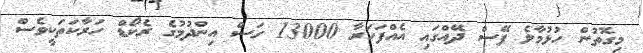
މިގޮތުން ހުޅުމާލެ ފޭސް ދޭއްގައި އެއްފަހަރާ 13000 ގަސް އިންދުމުގެ ރެކޯޑް ހަރާކަތަކީވެސް